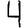
Digit: 4